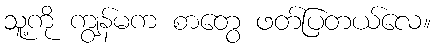
သူ့ကို ကျွန်မက စာတွေ ဖတ်ပြတယ်လေ။